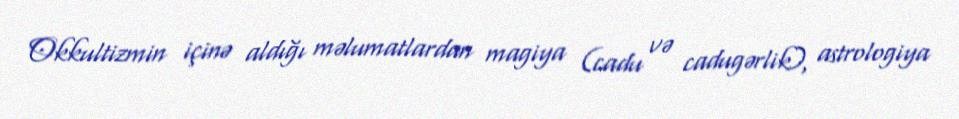
Okkultizmin içinə aldığı məlumatlardan magiya (cadu və cadugərlik), astrologiya